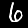
Digit: 6